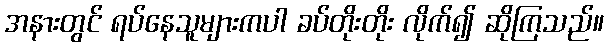
အနားတွင် ရပ်နေသူများကပါ ခပ်တိုးတိုး လိုက်၍ ဆိုကြသည်။